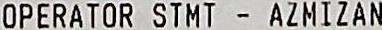
OPERATOR STMT - AZMIZAN